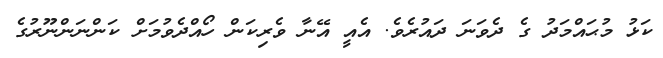
ކަޅު މުޙައްމަދު ގެ ދެވަނަ ދައުރެވެ. އެއީ އޭނާ ވެރިކަން ހޯއްދެވުމަށް ކަންނަންނޫރުގެ